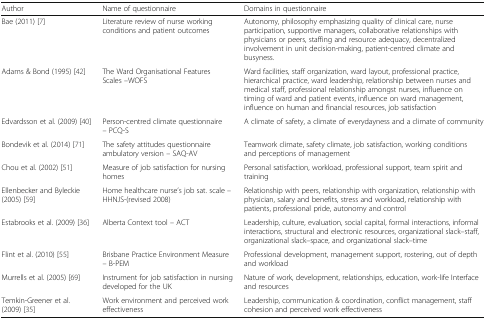
<table><thead><tr><td><b>Author</b></td><td><b>Name of questionnaire</b></td><td><b>Domains in questionnaire</b></td></tr></thead><tbody><tr><td>Bae (2011) [7]</td><td>Literature review of nurse working conditions and patient outcomes</td><td>Autonomy, philosophy emphasizing quality of clinical care, nurse participation, supportive managers, collaborative relationships with physicians or peers, staffing and resource adequacy, decentralized involvement in unit decision-making, patient-centred climate and busyness.</td></tr><tr><td>Adams &amp; Bond (1995) [42]</td><td>The Ward Organisational Features Scales –WOFS</td><td>Ward facilities, staff organization, ward layout, professional practice, hierarchical practice, ward leadership, relationship between nurses and medical staff, professional relationship amongst nurses, influence on timing of ward and patient events, influence on ward management, influence on human and financial resources, job satisfaction</td></tr><tr><td>Edvardsson et al. (2009) [40]</td><td>Person-centred climate questionnaire – PCQ-S</td><td>A climate of safety, a climate of everydayness and a climate of community</td></tr><tr><td>Bondevik et al. (2014) [71]</td><td>The safety attitudes questionnaire ambulatory version – SAQ-AV</td><td>Teamwork climate, safety climate, job satisfaction, working conditions and perceptions of management</td></tr><tr><td>Chou et al. (2002) [51]</td><td>Measure of job satisfaction for nursing homes</td><td>Personal satisfaction, workload, professional support, team spirit and training</td></tr><tr><td>Ellenbecker and Byleckie (2005) [59]</td><td>Home healthcare nurse’s job sat. scale – HHNJS-(revised 2008)</td><td>Relationship with peers, relationship with organization, relationship with physician, salary and benefits, stress and workload, relationship with patients, professional pride, autonomy and control</td></tr><tr><td>Estabrooks et al. (2009) [36]</td><td>Alberta Context tool – ACT</td><td>Leadership, culture, evaluation, social capital, formal interactions, informal interactions, structural and electronic resources, organizational slack–staff, organizational slack–space, and organizational slack–time</td></tr><tr><td>Flint et al. (2010) [55]</td><td>Brisbane Practice Environment Measure – B-PEM</td><td>Professional development, management support, rostering, out of depth and workload</td></tr><tr><td>Murrells et al. (2005) [69]</td><td>Instrument for job satisfaction in nursing developed for the UK</td><td>Nature of work, development, relationships, education, work-life Interface and resources</td></tr><tr><td>Temkin-Greener et al. (2009) [35]</td><td>Work environment and perceived work effectiveness</td><td>Leadership, communication &amp; coordination, conflict management, staff cohesion and perceived work effectiveness</td></tr></tbody></table>